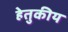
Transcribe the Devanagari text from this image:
हेतुकीय